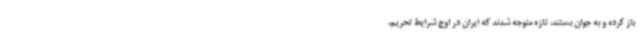
باز کرده و به جوان بستند، تازه متوجه شدند که ایران در اوج شرایط تحریم،